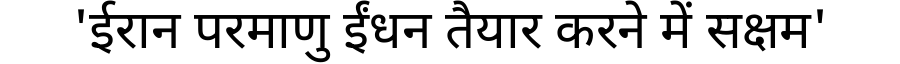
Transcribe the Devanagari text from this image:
'ईरान परमाणु ईंधन तैयार करने में सक्षम'